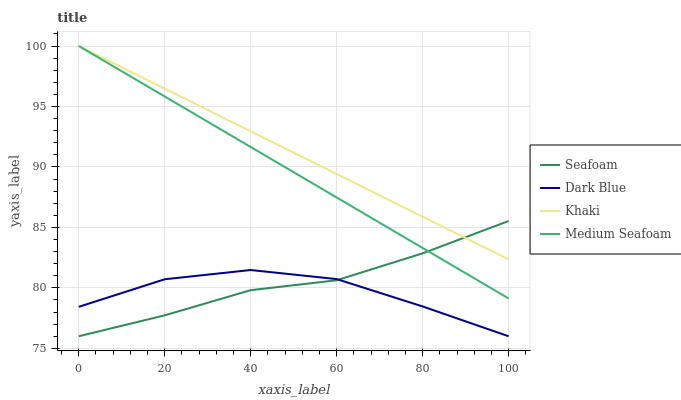
| xaxis_label | Seafoam | Dark Blue | Khaki | Medium Seafoam |
 | --- | --- | --- | --- | --- |
 | 0 | 76 | 78.4 | 100 | 100 |
 | 20 | 77.7 | 80.7 | 96.5 | 95.8 |
 | 40 | 79.8 | 81.5 | 92.9 | 91.7 |
 | 60 | 80.6 | 80.7 | 89.4 | 87.5 |
 | 80 | 82.9 | 78.5 | 85.9 | 83.3 |
 | 100 | 85.5 | 76 | 82.4 | 79.1 |